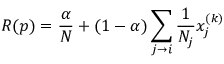
R { ( p ) } = { \frac { \alpha } { N } } + ( 1 - \alpha ) \sum _ { j \rightarrow i } { \frac { 1 } { N _ { j } } } x _ { j } ^ { ( k ) }